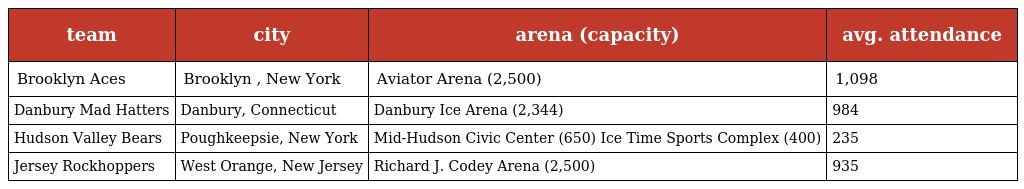
| team | city | arena (capacity) | avg. attendance |
 | --- | --- | --- | --- |
 | Brooklyn Aces | Brooklyn , New York | Aviator Arena (2,500) | 1,098 |
 | Danbury Mad Hatters | Danbury, Connecticut | Danbury Ice Arena (2,344) | 984 |
 | Hudson Valley Bears | Poughkeepsie, New York | Mid-Hudson Civic Center (650) Ice Time Sports Complex (400) | 235 |
 | Jersey Rockhoppers | West Orange, New Jersey | Richard J. Codey Arena (2,500) | 935 |